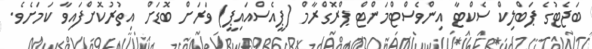
ބަޖެޓުގެ ޕަބްލިކް ސެކްޓާ އިންވެސްޓްމަންޓް ޕްރޮގްރާމް (ޕީއެސްއައިޕީ) ވަރަށް ބޮޑަށް އިތުރުކޮށްފައިވާ ކަމަށެވެ.